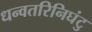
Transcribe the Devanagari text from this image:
धन्वतरिनिघंटु